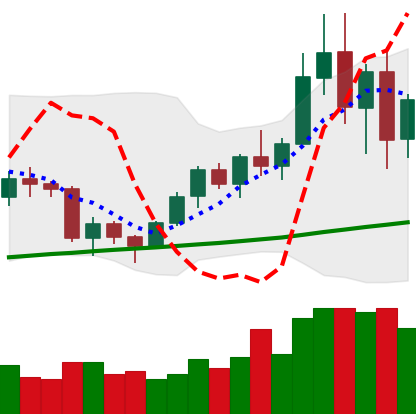
Ticker: BNB-USD
Chart end date: 2020-12-24
Forward return: 19.853%
Label: up_7plus